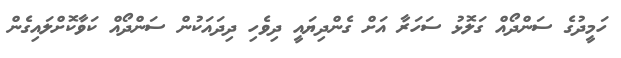
ހަމީދުގެ ސަންދޯއް ގަލޮޅު ސަހަރާ އަށް ގެންދިޔައީ ދިވެހި ދިދައަކުން ސަަންދޯއް ކަވާކޮށްލައިގެން